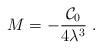
LaTeX: \begin{align*}M = - \frac{\mathcal{C}_0}{4\lambda^3}\; .\end{align*}